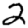
Digit: 2